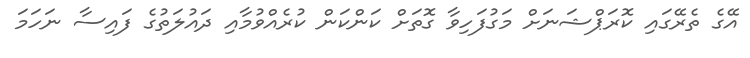
އޭގެ ތެރޭގައި ކޮރަޕްޝަނަށް މަގުފަހިވާ ގޮތަށް ކަންކަން ކުރެއްވުމާއި ދައުލަތުގެ ފައިސާ ނަހަަމަ